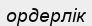
ордерлік